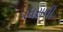
પધરાવી